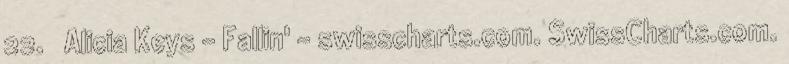
22. ↑ Alicia Keys – Fallin' – swisscharts.com. SwissCharts.com.